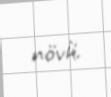
növü.